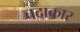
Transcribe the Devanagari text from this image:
चदाकार